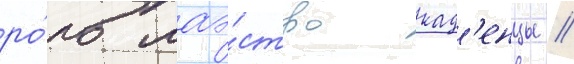
ро́ль маэ́стро кад'енцы //